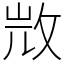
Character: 𣁋